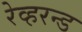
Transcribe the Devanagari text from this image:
रेव्हरन्ड